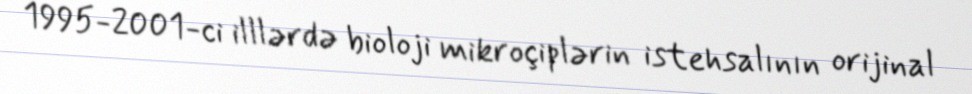
1995-2001-ci illlərdə bioloji mikroçiplərin istehsalının orijinal